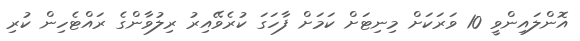
އޮންލައިންވީ 10 ވަރަކަށް މިނިޓަށް ކަމަށް ފާހަގަ ކުރެވޭއިރު ރިލުވާންގެ ރައްޓެހިން ކުރި